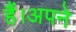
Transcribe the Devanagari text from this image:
हैं।अपने